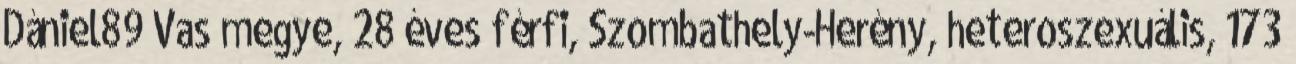
Dániel89 Vas megye, 28 éves férfi, Szombathely-Herény, heteroszexuális, 173